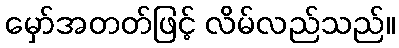
မှော်အတတ်ဖြင့် လိမ်လည်သည်။